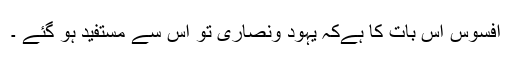
افسوس اس بات کا ہےکہ یہود ونصاریٰ تو اس سے مستفید ہو گئے ۔